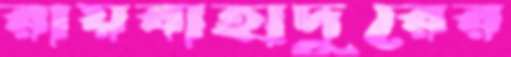
রায়বাহাদুরের